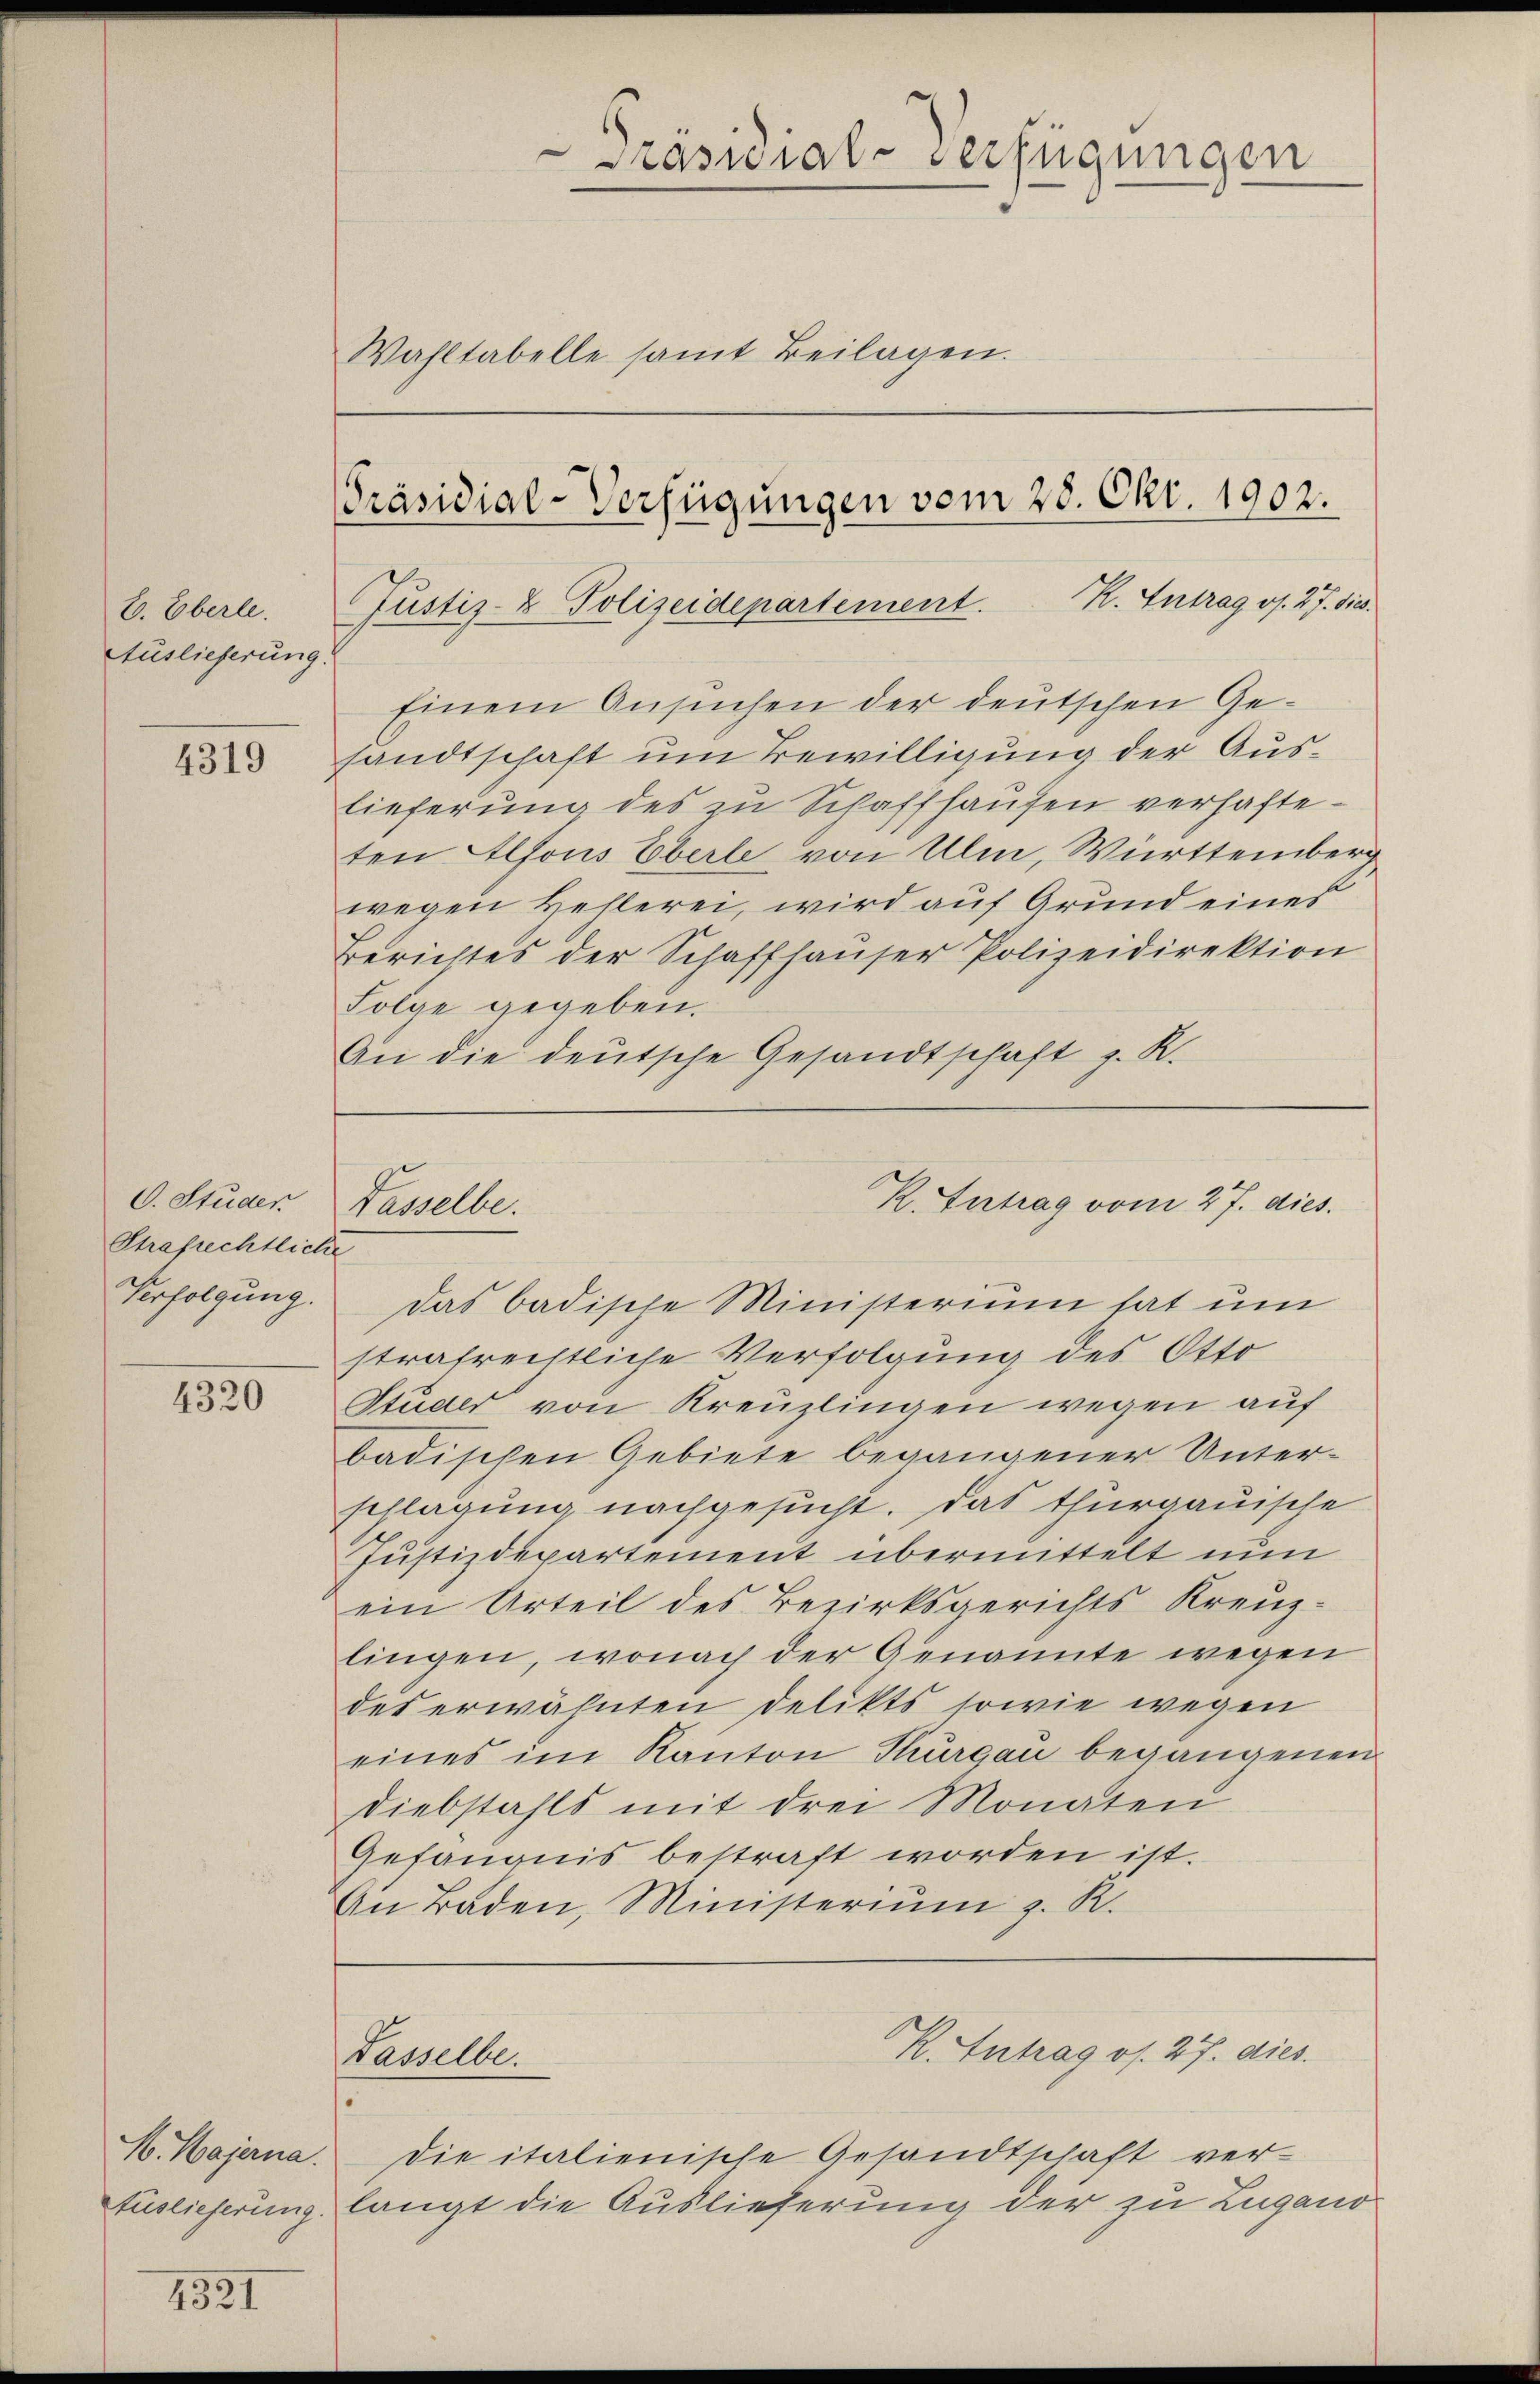
E. Eberle.
Auslieferung.

4319

C. Studen
Strafrechtliche

4320

N. Majerna.
Auslieferung.

4321

Präsidial-Verfügungen
Wahltabelle samt Beilagen.
[Präsidial-Verfügungen vom 28. Okt. 1902.

Justiz- & Polizeidepartement. R. Eintrag/Antrag os. 27. Sies.

Einem Ansuchen der deutschen Gesandtschaft um Bewilligung der Auslieferung des zu Schaffhausen verhafteten Alfons Eberle von Ulm, Württemberg
wegen Hehlerei, wird auf Grund eines
Berichtes der Schaffhauser Polizeidirektion
Folge gegeben.
An die deutsche Gesandtschaft z. R.

K. Antrag vom 27. dies.
Tasselbe.

Tasselbe.

K. Antrag os. 27. dies

Verfolgung. Das badische Ministerium hat um
strafrechtliche Verfolgung des Otto
Studer von Kreuzlingen wegen auf
badischen Gebiete begangener Unter-
schlagung nachgesucht. Das thurgauische
Justizdepartement übermittelt nun
ein Urteil des Bezirksgerichts Kreuz-
lingen, wonach der Genannte wegen
des erwähnten Delikts sowie wegen
eines im Kanton Thurgau begangenen
Diebstahls mit drei Monaten
Gefängnis bestraft worden ist.
An Baden, Ministeriŭm z. R.

Die italienische Gesandtschaft verlangt die Auslieferung der zu Zugano